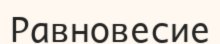
Равновесие